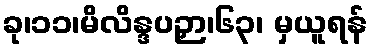
ခု၊၁၁၊မိလိန္ဒပဉှာ၊၆၃၊ မှယူရန်